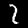
Label: 2